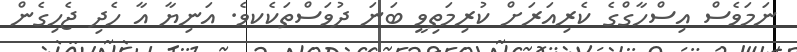
ނަމަވެސް އިސްހާގްގެ ކެރިއަރަށް ކުރިމަތިވީ ބަނަ ދުވަސްތަކެކވެ. އަނިޔާ އާ ހެދި ޖެހިގެން